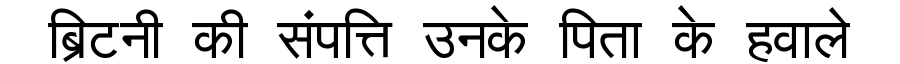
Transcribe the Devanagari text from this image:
ब्रिटनी की संपत्ति उनके पिता के हवाले